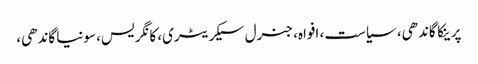
پرینکا گاندھی، سیاست، افواہ، جنرل سیکریٹری، کانگریس، سونیا گاندھی،